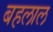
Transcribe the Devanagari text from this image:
बहलाल